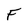
Character: F